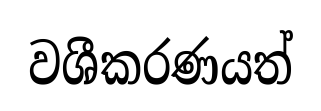
වශීකරණයත්